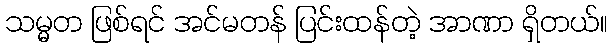
သမ္မတ ဖြစ်ရင် အင်မတန် ပြင်းထန်တဲ့ အာဏာ ရှိတယ်။